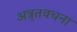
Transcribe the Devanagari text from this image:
अन्र्तवचना